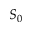
S _ { 0 }